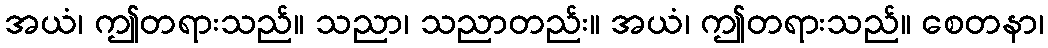
အယံ၊ ဤတရားသည်။ သညာ၊ သညာတည်း။ အယံ၊ ဤတရားသည်။ စေတနာ၊